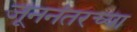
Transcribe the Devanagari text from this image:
जूननंतरच्या